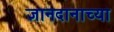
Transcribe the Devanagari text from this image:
ज्ञानदानाच्या